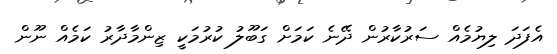
އެފަދަ ލިޔުމެއް ސަރުކާރުން ދޭނެ ކަމަށް ގަބޫލު ކުރުމަކީ ޒިންމާދާރު ކަމެއް ނޫން